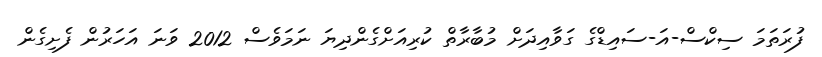
ފުރަތަމަ ސިކްސް-އަ-ސައިޑްގެ ގަވާއިދަަށް މުބާރާތް ކުރިއަށްގެންދިޔަ ނަމަވެސް 2012 ވަނަ އަހަރުން ފެށިގެން